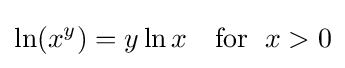
\ln(x^{y})=y\ln x\quad {\text{for }}\;x>0